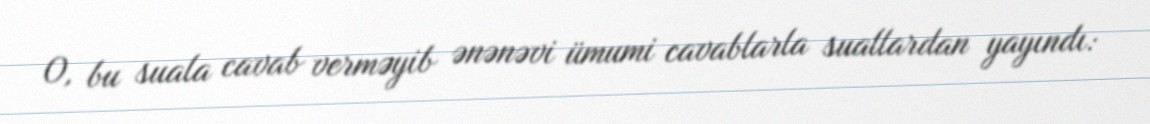
O, bu suala cavab verməyib ənənəvi ümumi cavablarla suallardan yayındı: